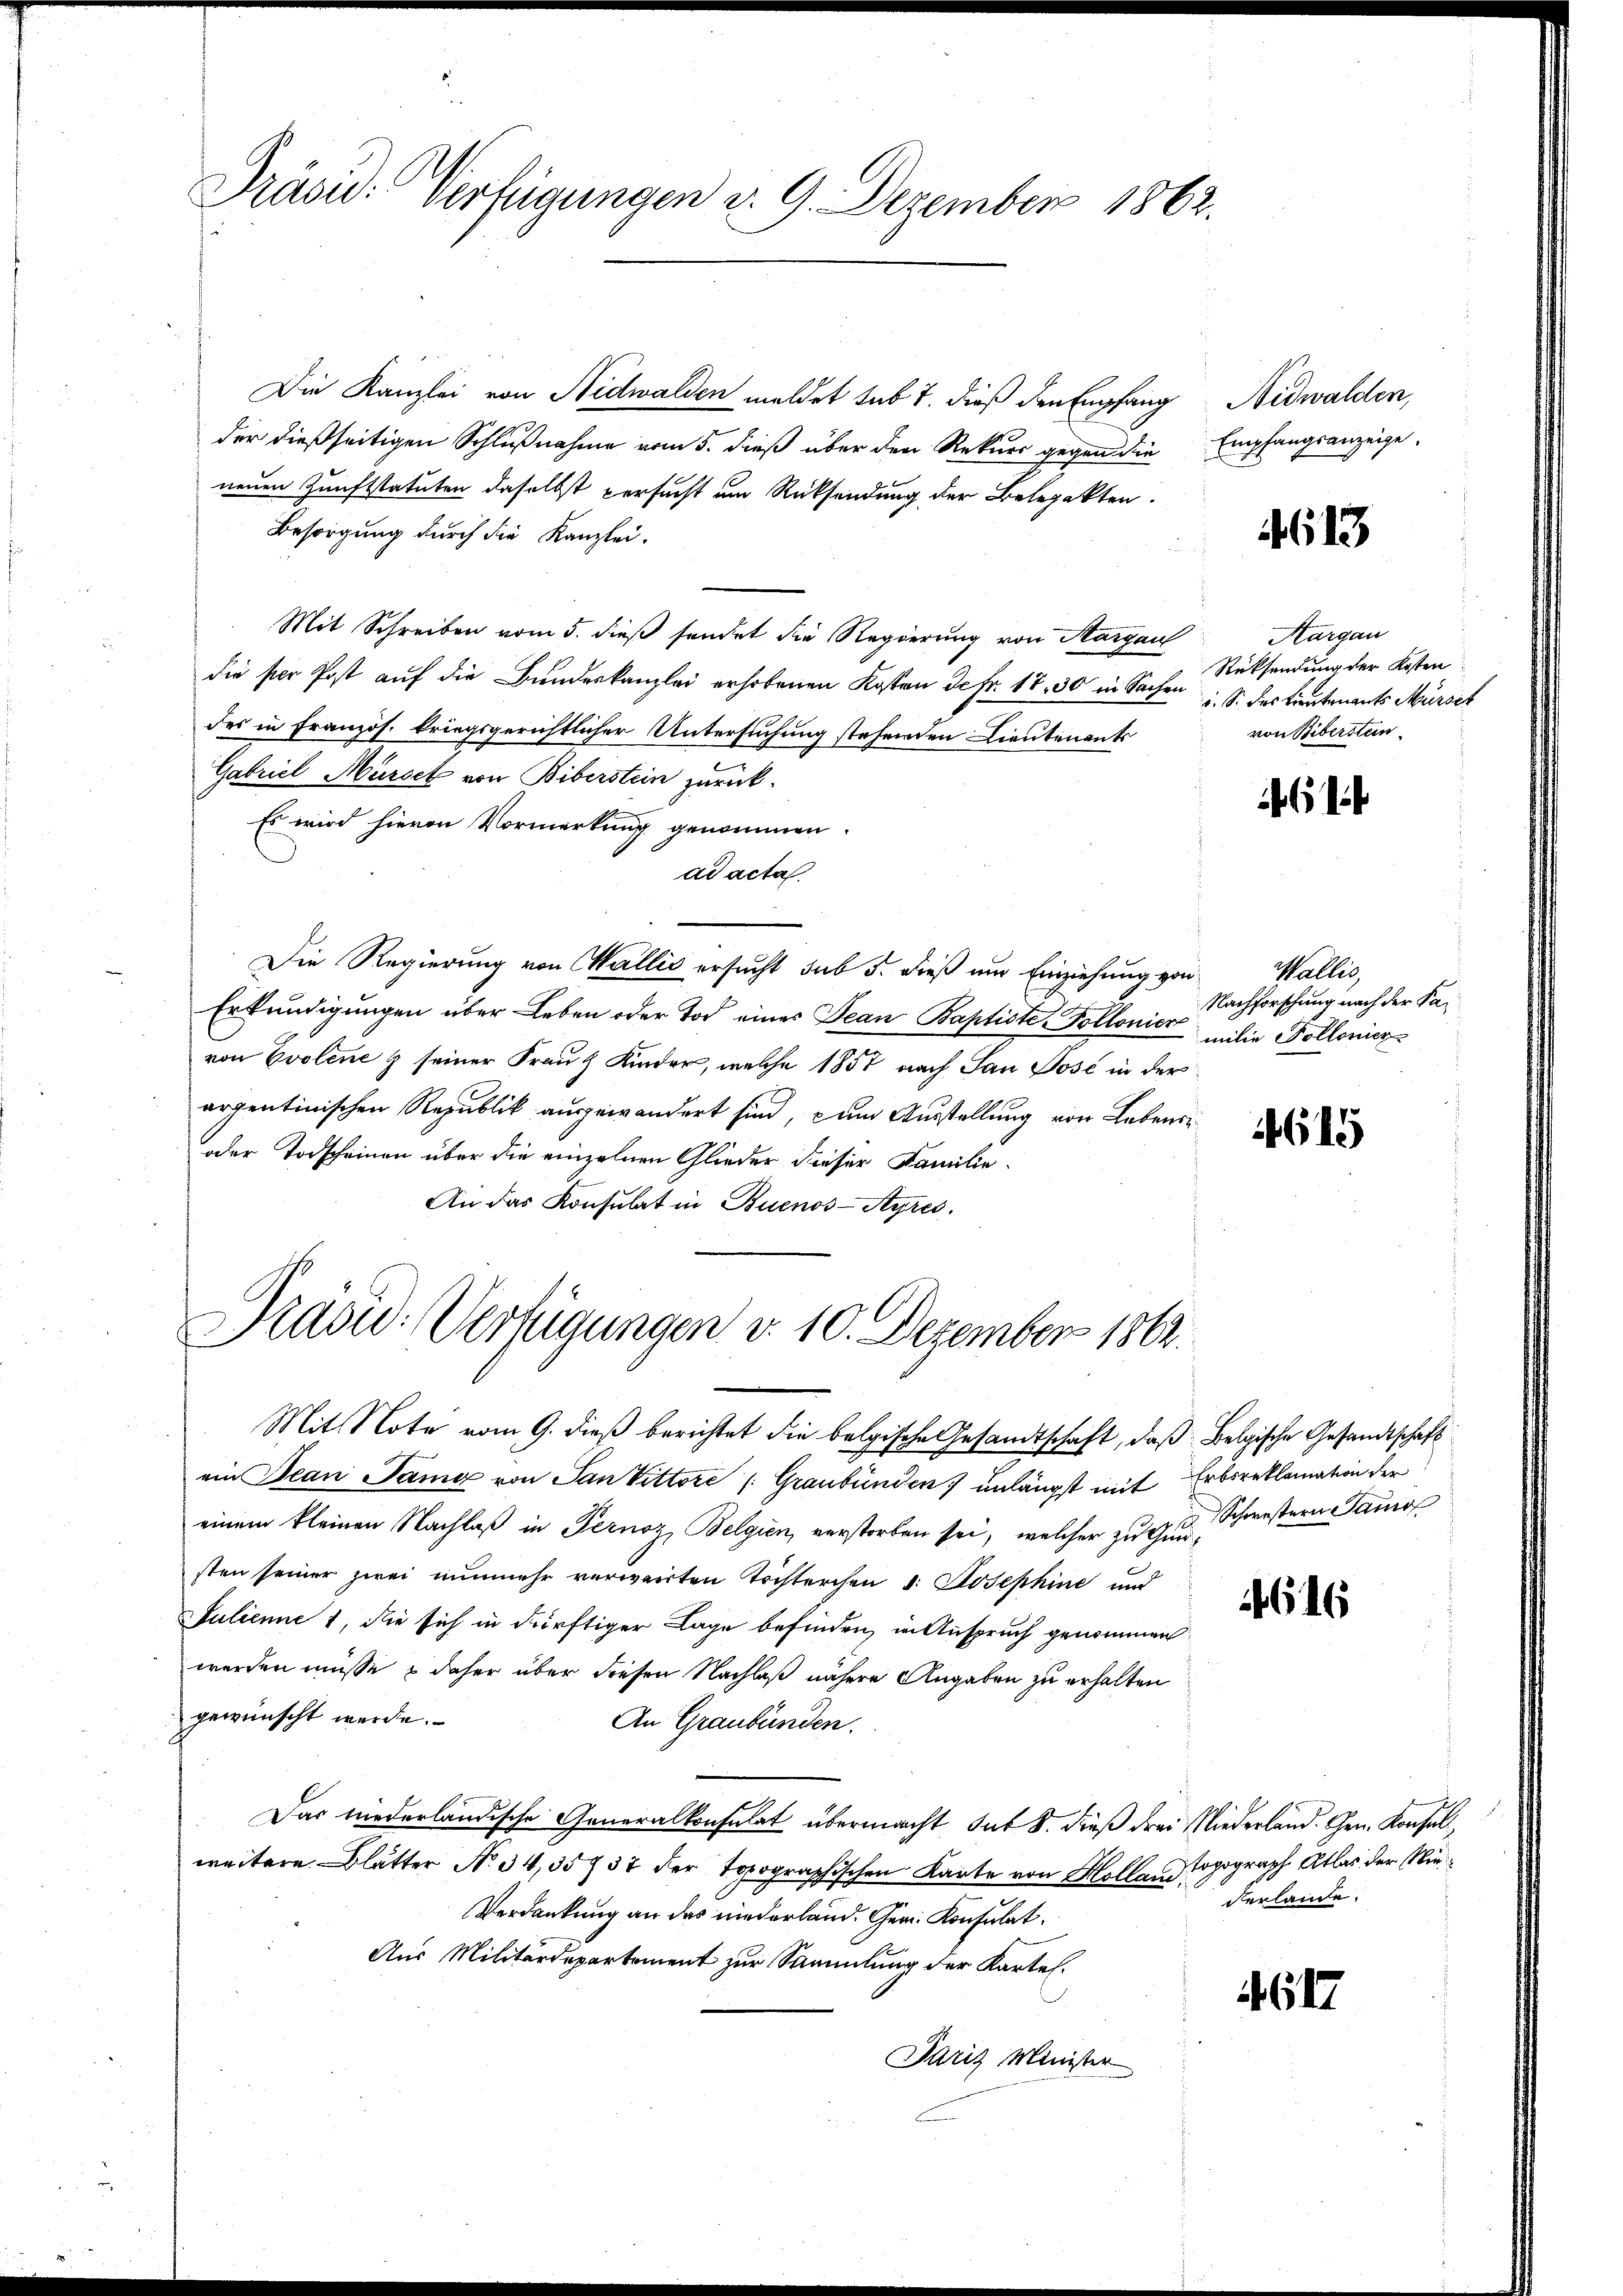
Präsid. Verfügungen d. 9. Dezember 1862.

Die Kanzlei von Nidwalden meldet sub 7. dieß den Empfang Nidwalden,
der dießseitigen Schlußnahme vom 5. dieß über den Rekurs gegen die Empfangsanzeige,
neuen Zunftstatuten daselbst versucht um Rücksendung der Behepakten.
Besorgung durch die Kanzlei.
Mit Schreiben vom 5. dieß sendet die Regierung von Margau
die per Post auf die Bundeskanzlei erhobenen Kosten de fr. 17. 30 in Sachen S. des Lieutenants Mürset
des in Französ. kriegsgerichtlicher Untersuchung stehenden Lieutenants
Gabriel Mürsek von Biberstein zurück-
Es wird hievon Vormerkung genommen.
ad acta.
Die Regierung von Wallis ersucht sub 5. dieß um Einziehung von
Erkundigungen über Leben oder Tod eines Jean Baptiste-Pollonier
von Evolene & seiner Frau Kinder, welche 1857 nach San Post in der
arpentinischen Republik ausgewandert sind, zum Ausstellung von Lebens
oder Todscheinen über die einzelnen Glieder dieser Familie
An das Konsulat in Buenos-Ayres.

Krasid: Verfügungen d. 10. Dezember 1862.

Mit Note vom 9. dieß berichtet die belgische Gesandtschaft, daß Belgische Gesandtschaft
ein Jean Pang von San Vittore / Graubünden unlängst mit Erbsreklamation der
einem kleinen Nachlaß in Pernoz, Belgien, verstorben sei, welcher zu Gunsten seiner zwei nunmehr verweirten Töchterchen d. Josephine und
Julienne 1, die sich in dürftiger Lage befinden, in Anspruch genommen
werden müsse & daher über diesen Nachlaß nähere Angaben zu erhalten
gewünscht werde.
An Graubünden.
Das niederländische Generalkonsulat übermacht hat S. dieß drei Niederland. Gen. Konsul
weitere Blätter No 34,35 f 37 der topographischen Karte von Holland Popograph Atlas der Nie¬
Verdankung an das niederland. Ger. Konsulat
Aus Militärdepartement zur Sammlung der Kartel.
Paris Minister

4613

Aargau
Rücksendung der Kosten
von Biberstein

61

Waller
Nachforschung nach der Pamilie Pollonier

6

Schwestern auss

616

derlande.

46